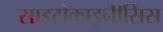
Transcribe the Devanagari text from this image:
साइटोकाइनीसिस